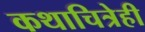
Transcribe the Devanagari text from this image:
कथाचित्रेही